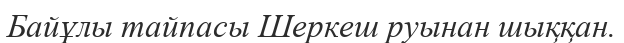
Байұлы тайпасы Шеркеш руынан шыққан.